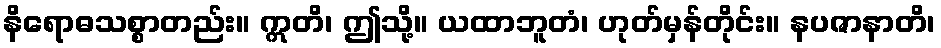
နိရောဓသစ္စာတည်း။ ဣတိ၊ ဤသို့။ ယထာဘူတံ၊ ဟုတ်မှန်တိုင်း။ နပဇာနာတိ၊